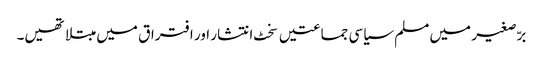
برّصغیر میں مسلم سیاسی جماعتیں سخٹ انتشار اور افتراق میں مبتلا تھیں۔